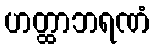
ဟတ္ထာဘရဏံ